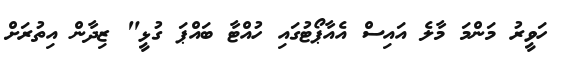
ހަވީރު މަންމަ މާލެ އައިސް އެއާޕޯޓުގައި ހުއްޓާ ބައްޕަ ގުޅީ" ޒިދާން އިތުރަށް